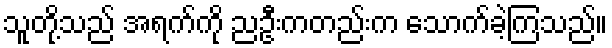
သူတို့သည် အရက်ကို ညဦးကတည်းက သောက်ခဲ့ကြသည်။